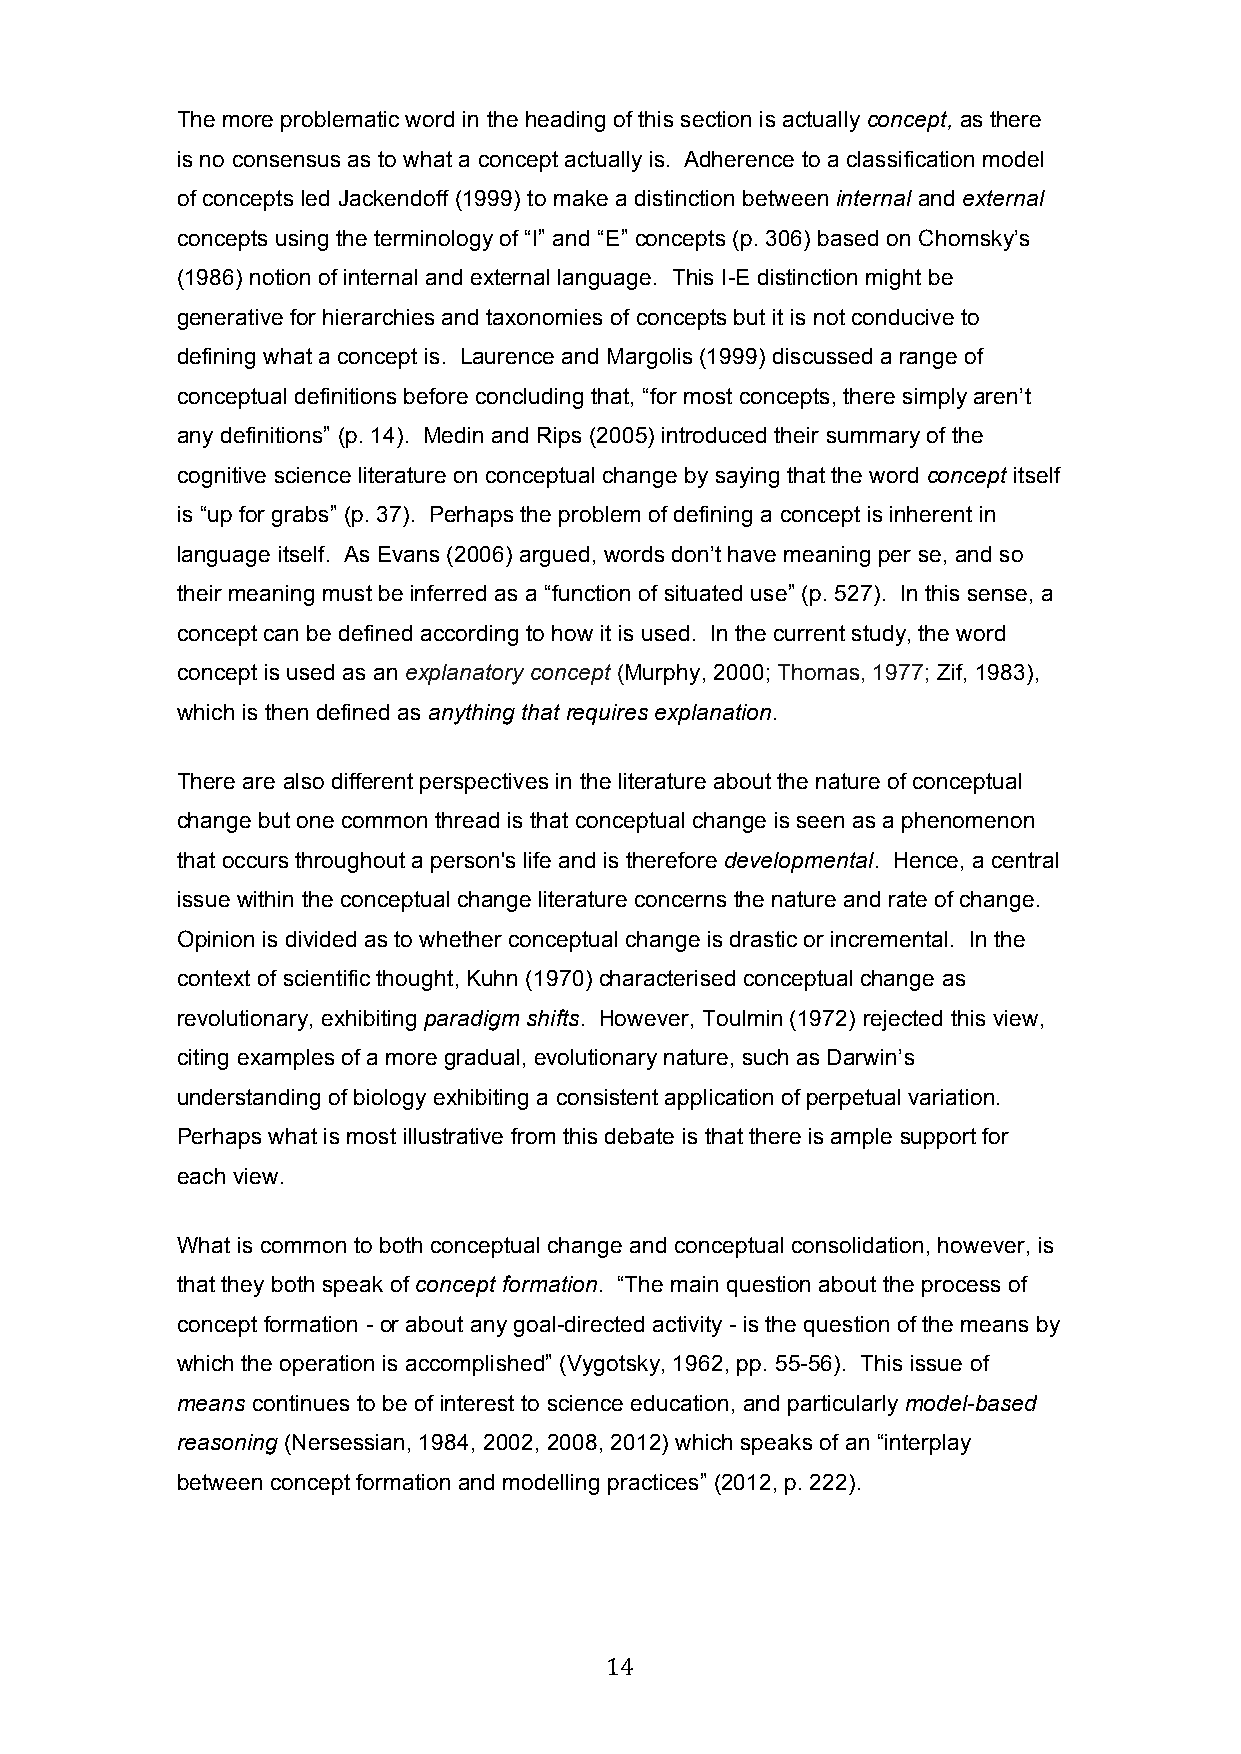
The more problematic word in the heading of this section is actually concept, as there
 is no consensus as to what a concept actually is. Adherence to a classification model
 of concepts led Jackendoff (1999) to make a distinction between internal and external
 concepts using the terminology of “I” and “E” concepts (p. 306) based on Chomsky’s
 (1986) notion of internal and external language. This I-E distinction might be
 generative for hierarchies and taxonomies of concepts but it is not conducive to
 defining what a concept is. Laurence and Margolis (1999) discussed a range of
 conceptual definitions before concluding that, “for most concepts, there simply aren’t
 any definitions” (p. 14). Medin and Rips (2005) introduced their summary of the
 cognitive science literature on conceptual change by saying that the word concept itself
 is “up for grabs” (p. 37). Perhaps the problem of defining a concept is inherent in
 language itself. As Evans (2006) argued, words don’t have meaning per se, and so
 their meaning must be inferred as a “function of situated use” (p. 527). In this sense, a
 concept can be defined according to how it is used. In the current study, the word
 concept is used as an explanatory concept (Murphy, 2000; Thomas, 1977; Zif, 1983),
 which is then defined as anything that requires explanation.
 There are also different perspectives in the literature about the nature of conceptual
 change but one common thread is that conceptual change is seen as a phenomenon
 that occurs throughout a person's life and is therefore developmental. Hence, a central
 issue within the conceptual change literature concerns the nature and rate of change.
 Opinion is divided as to whether conceptual change is drastic or incremental. In the
 context of scientific thought, Kuhn (1970) characterised conceptual change as
 revolutionary, exhibiting paradigm shifts. However, Toulmin (1972) rejected this view,
 citing examples of a more gradual, evolutionary nature, such as Darwin’s
 understanding of biology exhibiting a consistent application of perpetual variation.
 Perhaps what is most illustrative from this debate is that there is ample support for
 each view.
 What is common to both conceptual change and conceptual consolidation, however, is
 that they both speak of concept formation. “The main question about the process of
 concept formation - or about any goal-directed activity - is the question of the means by
 which the operation is accomplished” (Vygotsky, 1962, pp. 55-56). This issue of
 means continues to be of interest to science education, and particularly model-based
 reasoning (Nersessian, 1984, 2002, 2008, 2012) which speaks of an “interplay
 between concept formation and modelling practices” (2012, p. 222).
 14